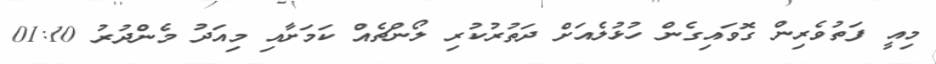
މިއީ ފަތުވެރިން ގޮވައިގެން ހުޅުލެއަށް ދަތުރުކުރި ލޯންޗެއް ކަމަށާއި މިއަދު މެންދުރު 01:10